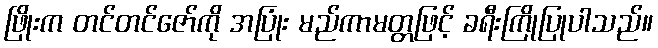
ဖြိုးက တင်တင်ဇော်ကို အပြုံး မည်ကာမတ္တဖြင့် ခရီးကြိုပြုပါသည်။